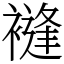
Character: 䙜